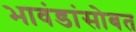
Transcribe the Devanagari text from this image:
भावंडांसोबत